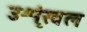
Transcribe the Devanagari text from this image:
उशृंखल